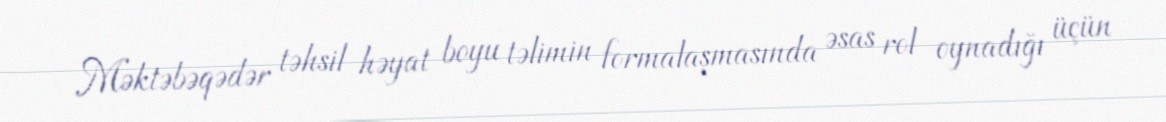
Məktəbəqədər təhsil həyat boyu təlimin formalaşmasında əsas rol oynadığı üçün